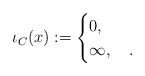
\begin{align*}\iota_C (x):=\begin{cases}0,\,&\\\infty,\,&.\end{cases}\end{align*}